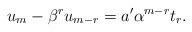
LaTeX: \begin{align*} u_m-\beta^ru_{m-r}=a'\alpha^{m-r}t_r.\end{align*}